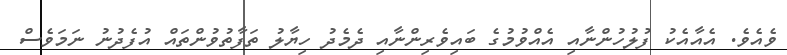
ވެއެވެ. އެއާއެކު ފުލުހުންނާއި އެއްވުމުގެ ބައިވެރިންނާއި ދެމެދު ހިޔާލު ތަފާތުވުންތައް އުފެދުނު ނަމަވެސް